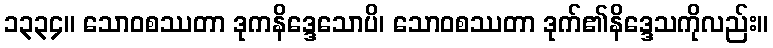
၁၃၃၄။ သောဝစဿတာ ဒုကနိဒ္ဒေသောပိ၊ သောဝစဿတာ ဒုက်၏နိဒ္ဒေသကိုလည်း။